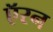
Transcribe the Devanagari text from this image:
ऍरन